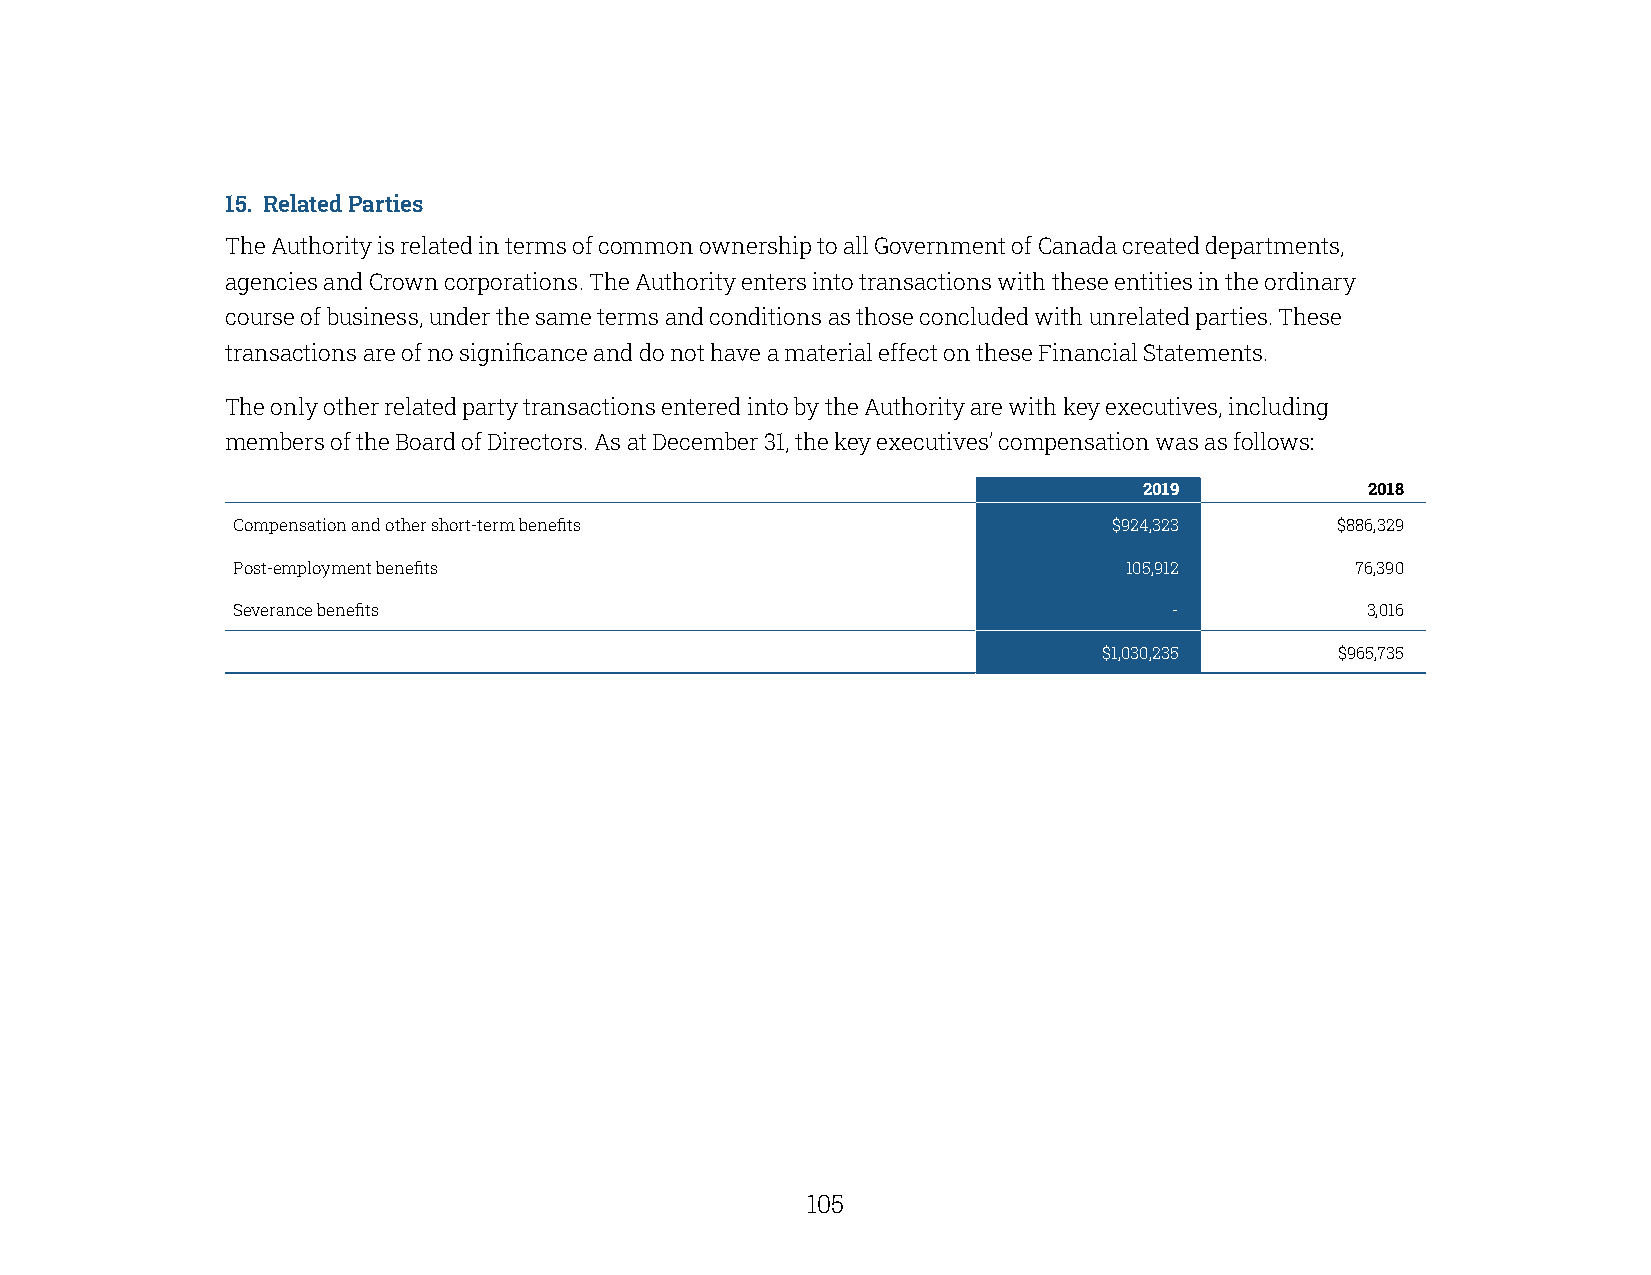
15. Related Parties
 The Authority is related in terms of common ownership to all Government of Canada created departments,
 agencies and Crown corporations. The Authority enters into transactions with these entities in the ordinary
 course of business, under the same terms and conditions as those concluded with unrelated parties. These
 transactions are of no significance and do not have a material effect on these Financial Statements.
 The only other related party transactions entered into by the Authority are with key executives, including
 members of the Board of Directors. As at December 31, the key executives’ compensation was as follows:
 2019           2018
 Compensation and other short-term benefits                 $924,323      $886,329
 Post-employment benefits                                   105,912         76,390
 Severance benefits                                             -           3,016
 $1,030,235      $965,735
 104                                                  105